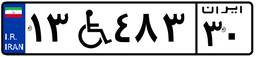
۱۳W۴۸۳۳۰